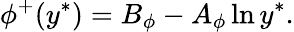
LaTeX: \phi^{+}(y^{\ast})=B_{\phi}-A_{\phi}\ln y^{\ast}.